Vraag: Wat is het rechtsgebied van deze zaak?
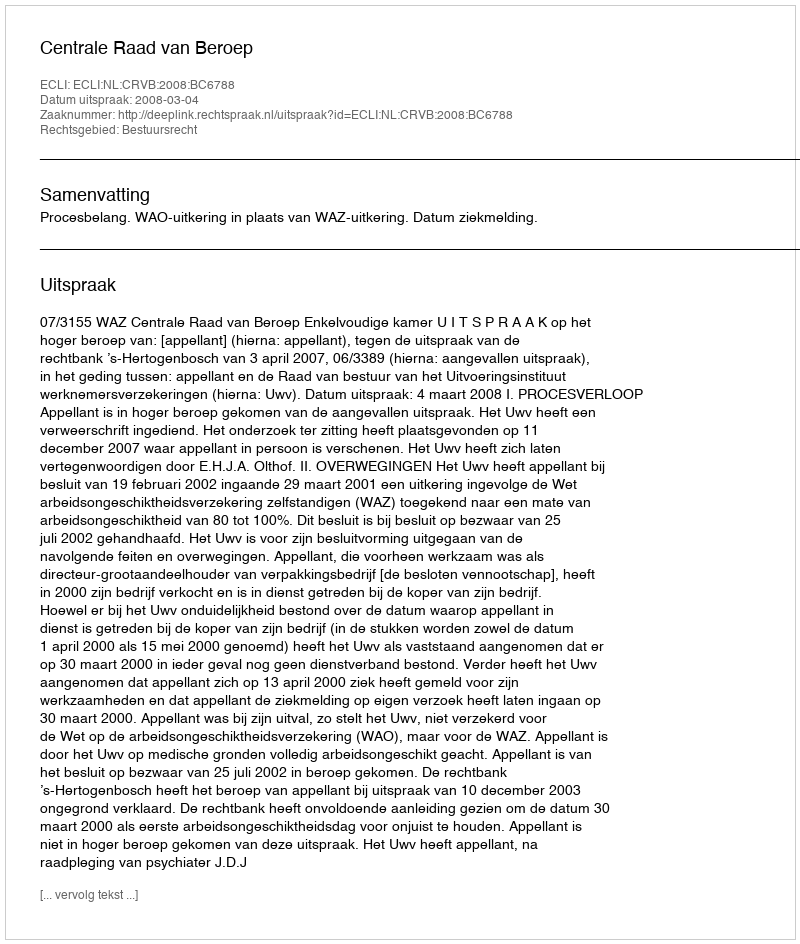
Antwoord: Bestuursrecht